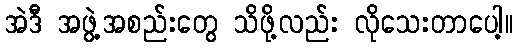
အဲဒီ အဖွဲ့အစည်းတွေ သိဖို့လည်း လိုသေးတာပေါ့။